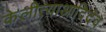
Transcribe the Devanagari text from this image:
केलीत्याआदिदेव